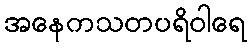
အနေကသတပရိဝါရေ